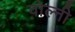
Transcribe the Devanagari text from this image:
वोल्नी